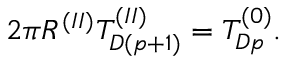
2 \pi R ^ { ( I I ) } T _ { D ( p + 1 ) } ^ { ( I I ) } = T _ { D p } ^ { ( 0 ) } .